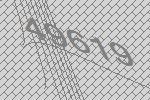
49619